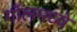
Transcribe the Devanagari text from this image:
गॉलमध्ये